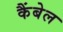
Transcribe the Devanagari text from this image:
कैंबेल